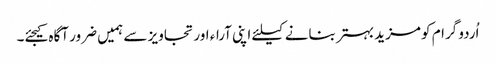
اُردو گرام کو مزید بہتر بنانے کیلئے اپنی آراء اور تجاویز سے ہمیں ضرور آگاہ کیجئے۔